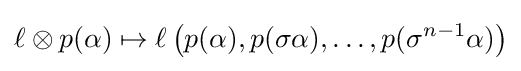
\ell \otimes p(\alpha )\mapsto \ell \left(p(\alpha ),p(\sigma \alpha ),\ldots ,p(\sigma ^{n-1}\alpha )\right)